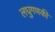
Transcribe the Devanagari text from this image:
लघुगणकी